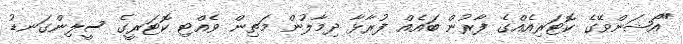
"އޯޝަންވޭގެ ކޮޓަރިއެއްގެ ފާރުން ބައެއް ފުރާޅާ ދިމާލުން މަތިން ވެއްޓި ކޮޓަރީގެ ސީލިންގަނޑު